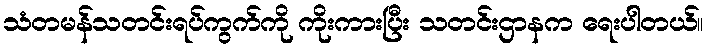
သံတမန်သတင်းရပ်ကွက်ကို ကိုးကားပြီး သတင်းဌာနက ရေးပါတယ်။